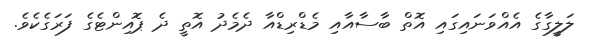
ލަލީގާގެ އެއްވަނައިގައި އޮތް ބާސާއާއި މެޑްރިޑްއާ ދެމެދު އޮތީ ދެ ޕޮއިންޓެގެ ފަރަގެކެވެ.